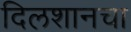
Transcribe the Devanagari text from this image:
दिलशानचा